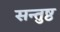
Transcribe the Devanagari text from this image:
सन्तुष्ठ